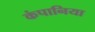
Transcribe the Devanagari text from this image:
कंपानिया